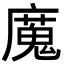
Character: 𫸄